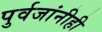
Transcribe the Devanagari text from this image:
पुर्वजांनीही